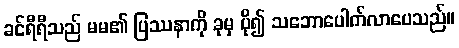
ခင်ရီရီသည် မမ၏ ပြဿနာကို ခုမှ ပို၍ သဘောပေါက်လာပေသည်။